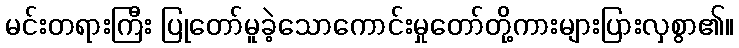
မင်းတရားကြီး ပြုတော်မူခဲ့သောကောင်းမှုတော်တို့ကားများပြားလှစွာ၏။